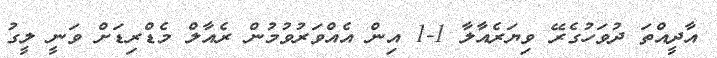
އާދީއްތަ ދުވަހުގެރޭ ވިޔަރެއާލާ 1-1 އިން އެއްވަރުވުމުން ރެއާލް މެޑްރިޑަށް ވަނީ ލީގު